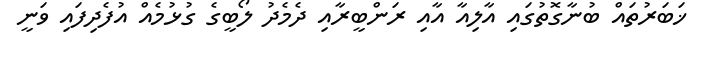
ޚަބަރުތައް ބުނާގޮތުގައި އާލިއާ އާއި ރަންބީރާއި ދެމެދު ލޯބީގެ ގުޅުމެއް އުފެދިފައި ވަނީ